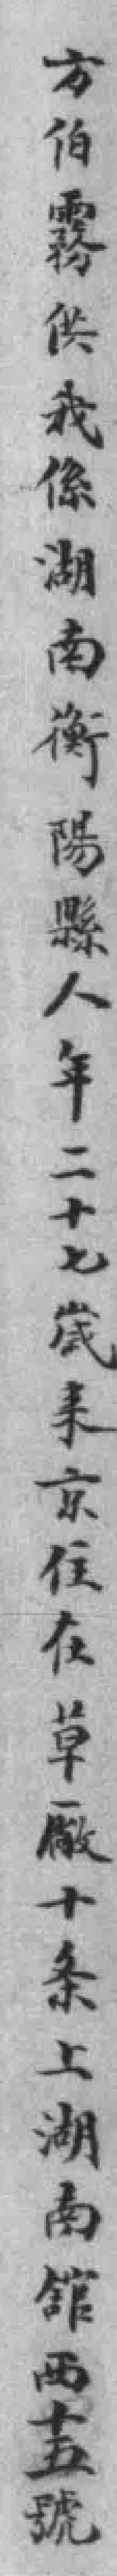
方伯霧供我係湖南衡陽縣人年二十七歲来京住在草厰十条上湖南舘西十五號